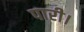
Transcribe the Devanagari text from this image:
पारी।